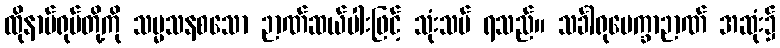
ထိုနာမ်ရုပ်တို့ကို သမ္မသနစသော ဉာဏ်ဆယ်ပါးဖြင့် သုံးသပ် ရသည်။ သင်္ခါရုပေက္ခာဉာဏ် အဆုံး၌